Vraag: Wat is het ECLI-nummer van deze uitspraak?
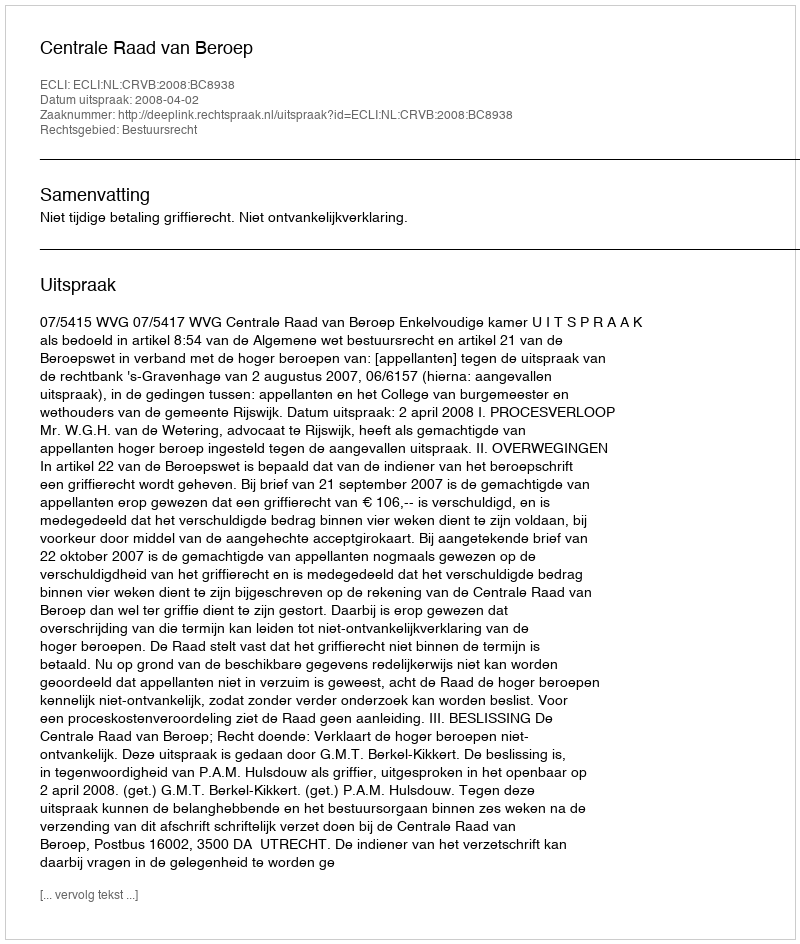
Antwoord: ECLI:NL:CRVB:2008:BC8938